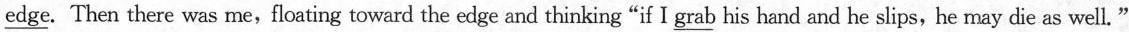
\underline{edge}. Then there was me, floating toward the edge and thinking "if I \underline{grab} his hand and he slips,he may die as well."